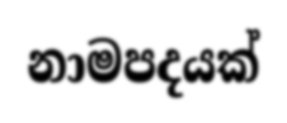
නාමපදයක්